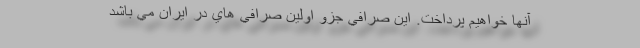
آنها خواهيم پرداخت. اين صرافي جزو اولين صرافي هاي در ايران مي باشد